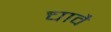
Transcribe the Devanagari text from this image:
चावै